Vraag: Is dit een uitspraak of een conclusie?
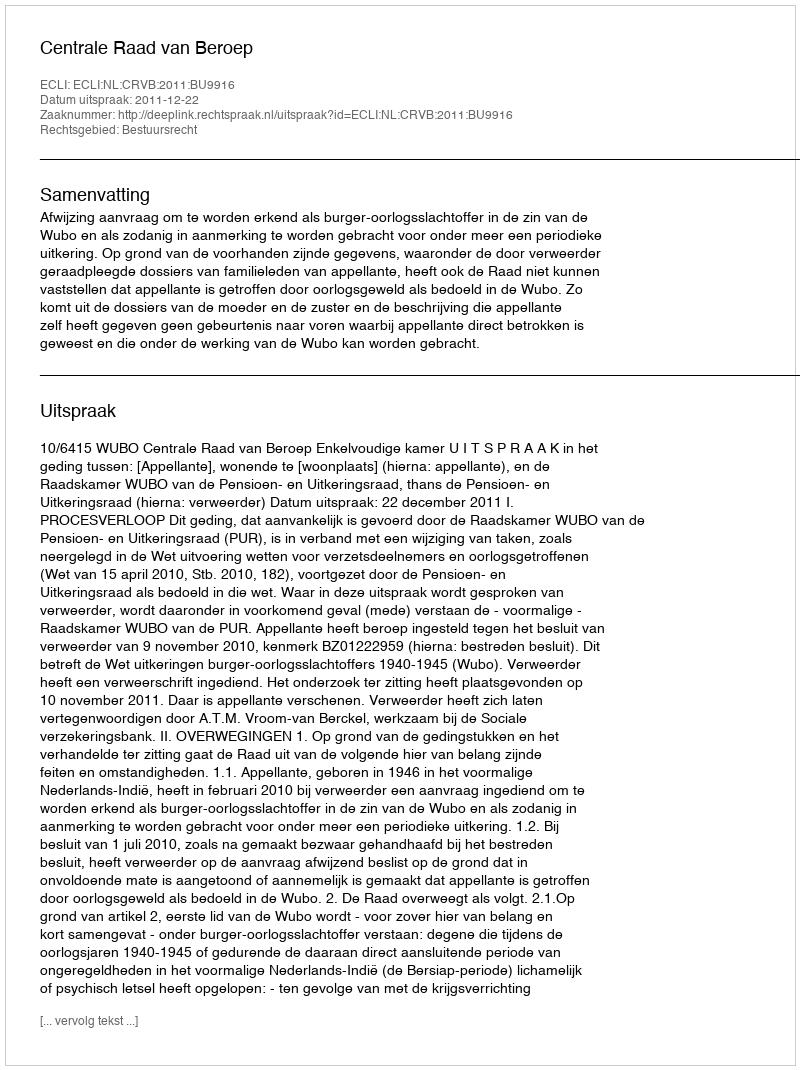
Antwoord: Uitspraak